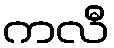
ကလီ